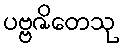
ပဗ္ဗဇိတေသု